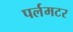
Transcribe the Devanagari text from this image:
पर्लमटर